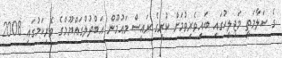
ގެ ސަލާމަތީ މަޖިލީހުގައި ބައިވެރިވުމަށް ކުރީގެ ރައީސް މައުމޫން އަބްދުލްގައްޔޫމްގެ ވެރިކަމުގައި 2008